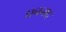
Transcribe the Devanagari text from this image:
घननाद